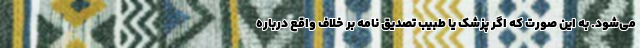
می‌شود. به این صورت که اگر پزشک یا طبیب تصدیق نامه بر خلاف واقع درباره